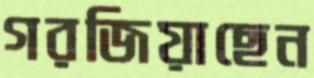
গরজিয়াছেন